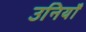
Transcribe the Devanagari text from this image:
उनियाँ